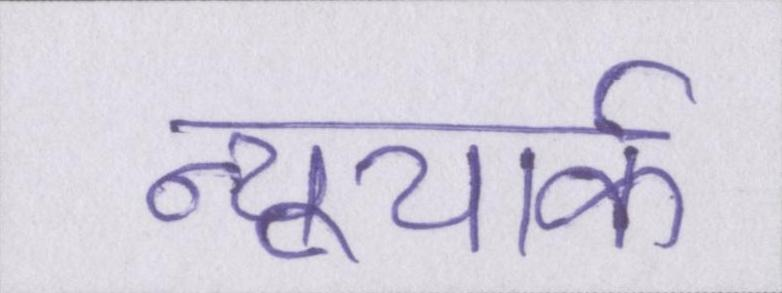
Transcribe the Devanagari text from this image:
न्यूयार्क